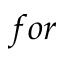
f o r